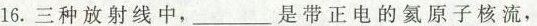
16.三种放射线中，___是带正电的氦原子核流，